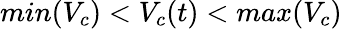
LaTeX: min(V_{c})<V_{c}(t)<max(V_{c})